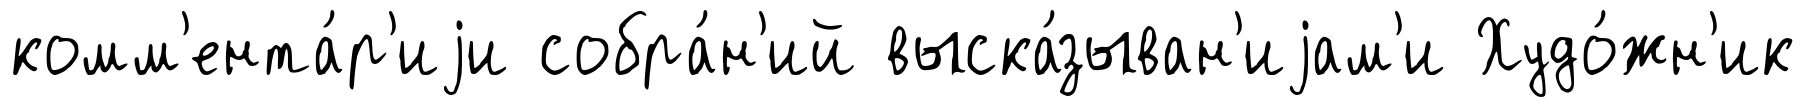
комм'ента́р'иjи собра́н'ий выска́зыван'иjам'и Худо́жн'ик